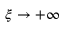
\xi \to + \infty